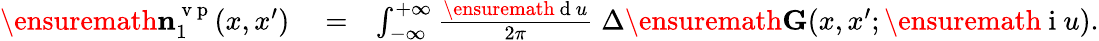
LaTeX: \begin{array}{rlr}{\ensuremath{\mathbf{n}}_{1}^{\mathrm{~v~p~}}(x,x^{\prime})}&{{}=}&{\int_{-\infty}^{+\infty}\frac{\ensuremath{\mathrm{~d~}}u}{2\pi}\; \Delta\ensuremath{\mathbf{G}}(x,x^{\prime};\ensuremath{\mathrm{~i~}}u).}\end{array}